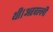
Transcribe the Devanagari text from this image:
थी।अरवल्ली